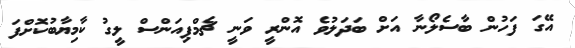
އޭގަ ފަހުން ބާސެލޯނާ އަށް ބަދަލުވެ އޮންރީ ވަނީ ޗެމްޕިއަންސް ލީގު ކާމިޔާބުކޮށްފަ